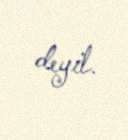
deyil.